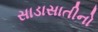
સાડાસાતીનો